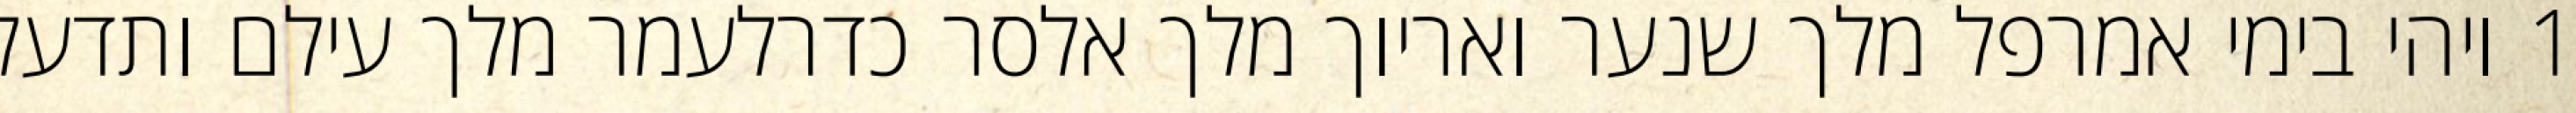
1 ויהי בימי אמרפל מלך שנער ואריוך מלך אלסר כדרלעמר מלך עילם ותדעל